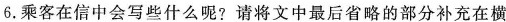
6.乘客在信中会写些什么呢？请将文中最后省略的部分补充在横